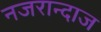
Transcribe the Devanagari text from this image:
नजरान्दाज